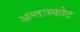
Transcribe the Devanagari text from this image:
अन्तःस्फोट